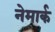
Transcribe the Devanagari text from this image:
नेमार्क